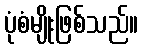
ပုံစံမျိုးဖြစ်သည်။